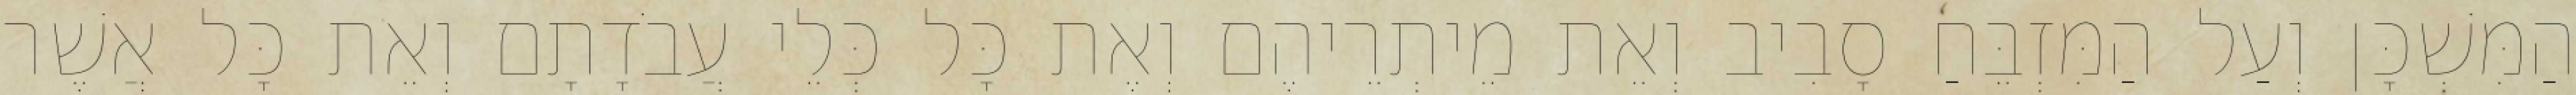
הַמִּשְׁכָּן וְעַל הַמִּזְבֵּחַ סָבִיב וְאֵת מֵיתְרֵיהֶם וְאֶת כָּל כְּלֵי עֲבֹדָתָם וְאֵת כָּל אֲשֶׁר